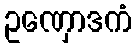
ဥဏှောဒကံ